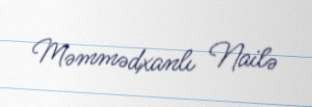
Məmmədxanlı Nailə